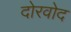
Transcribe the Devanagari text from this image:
दोरवोद